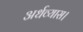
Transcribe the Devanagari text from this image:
अर्धव्यास।